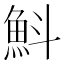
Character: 𩵬